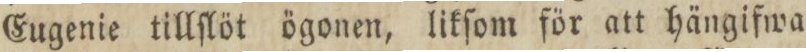
Eugenie tillſlöt ögonen, likſom för att hängifwa